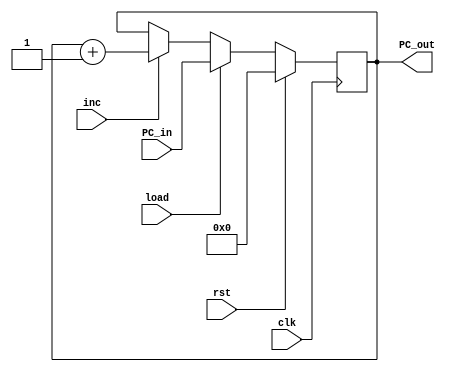
// This program was cloned from: https://github.com/tangxifan/micro_benchmark
// License: MIT License

module PC(PC_out,PC_in,load,inc,clk,rst);

output	[7:0]PC_out;
input	[7:0]PC_in;
input	load,inc,clk,rst;

reg	[7:0]PC_out;

always@(posedge clk)
	begin
		if(rst==1)PC_out<=8'b0;
		else if(load==1)PC_out<=PC_in;
		else if(inc==1)PC_out<=PC_out+8'b00000001;		
	end
	
endmodule